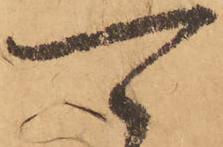
可